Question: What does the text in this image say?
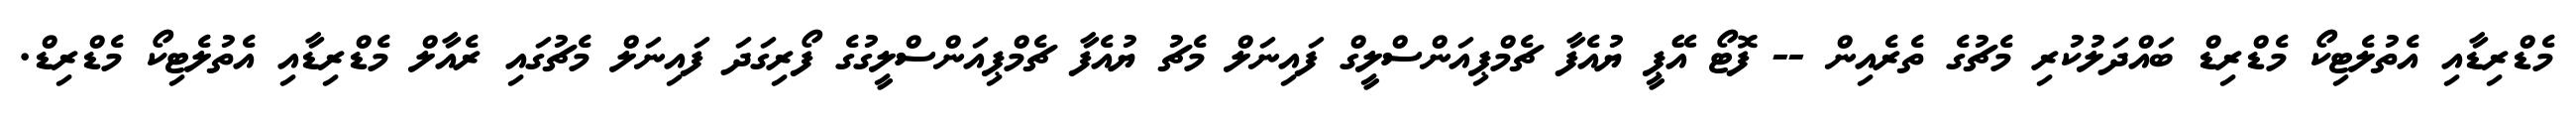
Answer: މެޑްރިޑާއި އެތުލެޓިކޯ މެޑްރިޑް ބައްދަލުކުރި މެޗުގެ ތެރެއިން -- ފޮޓޯ އޭޕީ ޔުއެފާ ޗެމްޕިއަންސްލީގް ފައިނަލް މެޗު ޔުއެފާ ޗެމްޕިއަންސްލީގުގެ ފޯރިގަދަ ފައިނަލް މެޗުގައި ރެއާލް މެޑްރިޑާއި އެތުލެޓިކޯ މެޑްރިޑް.